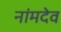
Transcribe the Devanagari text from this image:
नांमदेव